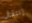
إنتقال